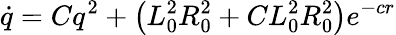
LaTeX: \dot{q}=Cq^{2}+\left(L_{0}^{2}R_{0}^{2}+CL_{0}^{2}R_{0}^{2}\right)e^{-cr}